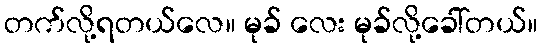
တက်လို့ရတယ်လေ။ မုခ် လေး မုခ်လို့ခေါ်တယ်။